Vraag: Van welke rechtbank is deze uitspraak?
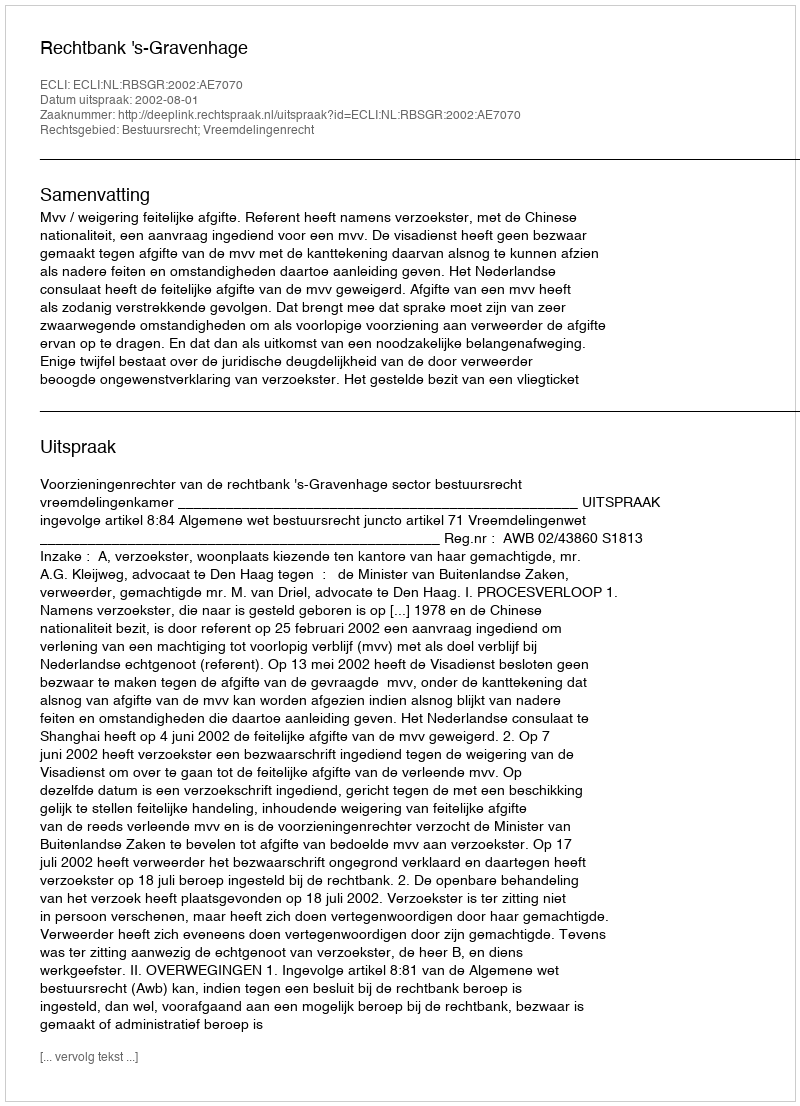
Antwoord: Rechtbank 's-Gravenhage